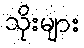
သိုးများ